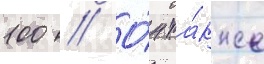
100 // О́н та́кже